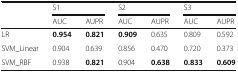
<table><thead><tr><td rowspan="2"></td><td colspan="2"><b>S1</b></td><td colspan="2"><b>S2</b></td><td colspan="2"><b>S3</b></td></tr><tr><td><b>AUC</b></td><td><b>AUPR</b></td><td><b>AUC</b></td><td><b>AUPR</b></td><td><b>AUC</b></td><td><b>AUPR</b></td></tr></thead><tbody><tr><td>LR</td><td><b>0.954</b></td><td><b>0.821</b></td><td><b>0.909</b></td><td>0.635</td><td>0.809</td><td>0.592</td></tr><tr><td>SVM_Linear</td><td>0.904</td><td>0.639</td><td>0.856</td><td>0.470</td><td>0.720</td><td>0.373</td></tr><tr><td>SVM_RBF</td><td>0.938</td><td><b>0.821</b></td><td>0.904</td><td><b>0.638</b></td><td><b>0.833</b></td><td><b>0.609</b></td></tr></tbody></table>